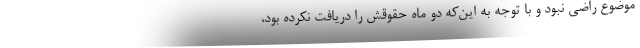
موضوع راضی نبود و با توجه به این‌که دو ماه حقوقش را دریافت نکرده بود،